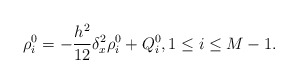
\begin{align*} \rho_i^0=-\frac{h^2}{12}\delta_x^2 \rho_i^0+Q_i^0,1\leq i \leq M-1. \end{align*}